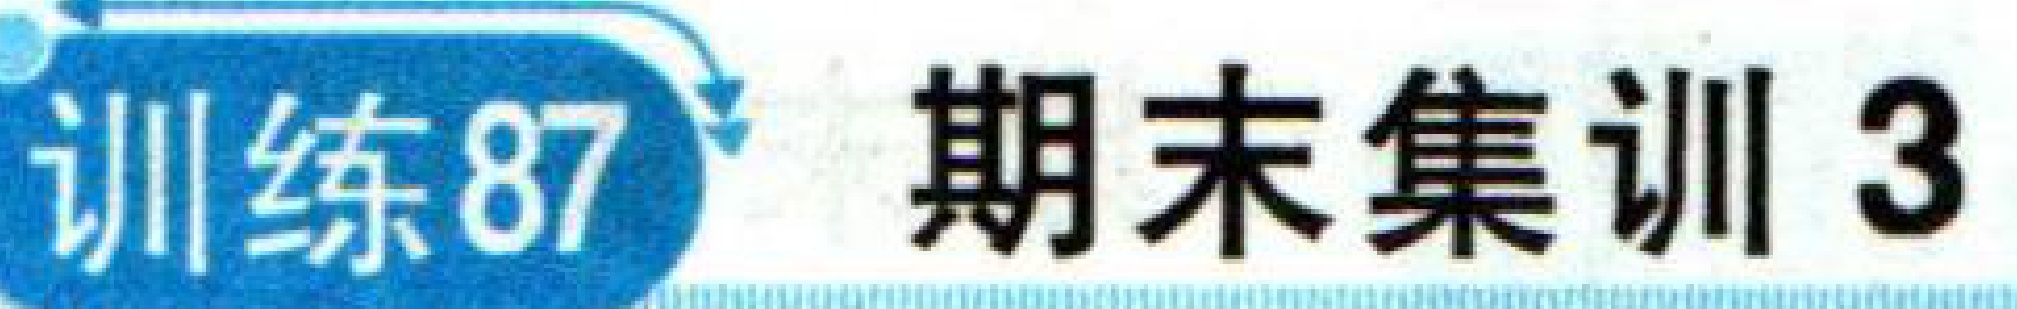
训练87 期末集训3